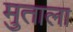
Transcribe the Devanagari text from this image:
मुताला